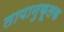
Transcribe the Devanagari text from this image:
तापानुकूलक